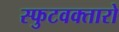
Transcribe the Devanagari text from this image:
स्फुटवक्तारो